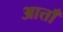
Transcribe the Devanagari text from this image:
आत्ताँ